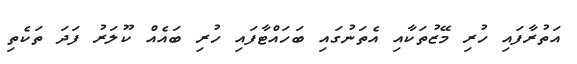
އަތުރާފައި ހުރި މޭޒުތަކާއި އެތަނުގައި ބަހައްޓާފައި ހުރި ބައެއް ކޫލަރު ފަދަ ތަކެތި